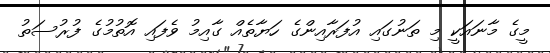
މީގެ މާނައަކީ މި ތަނުގައި އުފަރާއިންގެ ހަޔާތެއް ގާއިމު ވެފައި އޮތުމުގެ ފުރުސަތު